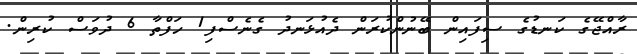
ރާއްޖޭގެ ކަނޑުގެ ސިފައިން ބޭނުންކުރަން ދެއުޅަނދު ގެނެސްފި1 ހަފްތާ 6 ދުވަސް ކުރިން.